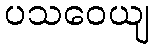
ပသဝေယျ